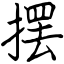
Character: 摆